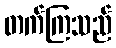
တက်ကြသည်